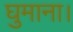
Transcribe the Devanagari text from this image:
घुमाना।